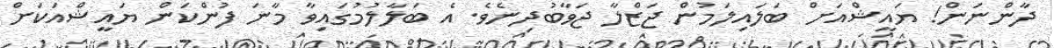
ދާންނަން! ޔައީޝްއަށް ބަލައިލަމުން ޖަޒްލާ ޖަވާބުދިނެވެ. އެ ބަލާލުމުގައިވާ މާނަ ފުންކަން ޔައީޝްއަކަށް